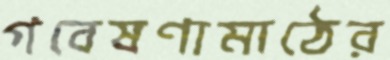
গবেষণামাঠের